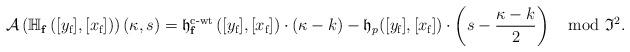
LaTeX: \begin{align*}\mathcal A\left(\mathbb{H}_{\mathbf{f}}\left([y_{\textup{f}}],[x_{\textup{f}}]\right)\right)(\kappa,s)=\mathfrak{h}_{\mathbf{f}}^{\textup{c-wt}}\left([y_{\textup{f}}],[x_{\textup{f}}]\right) \cdot (\kappa-k)- \frak h_p([y_{\textup{f}}],[x_{\textup{f}}])\cdot \left (s-\frac{\kappa-k}{2}\right )\mod \frak{I}^2.\end{align*}